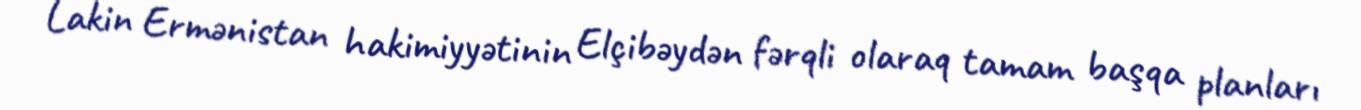
Lakin Ermənistan hakimiyyətinin Elçibəydən fərqli olaraq tamam başqa planları